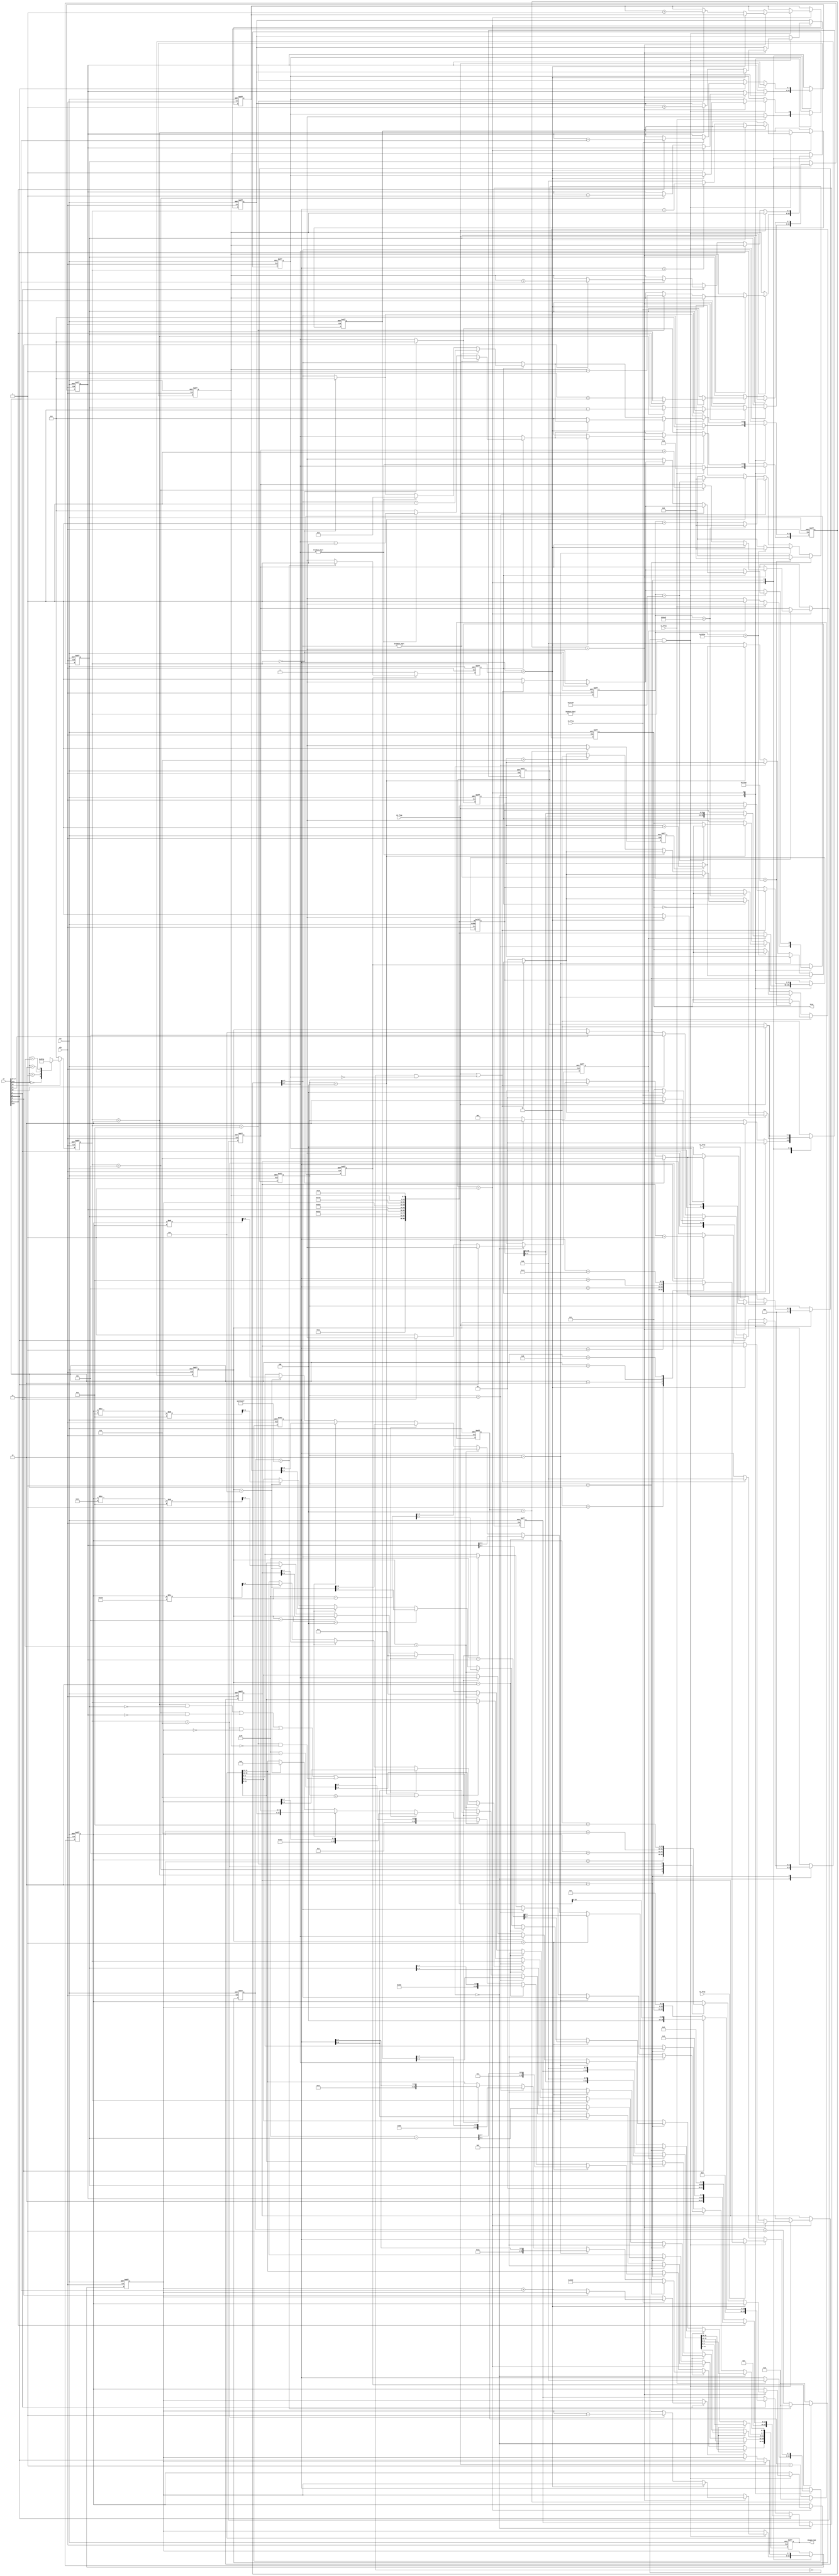
module control_module
(
    input clk,    //100Mhz
    input rst,    //
    input s1_flag,//
    input s2_flag,//
    input s3_flag,//
    input s4_flag,//
    input s5_flag,//
    input[19:0] sw,//sw[0]1sw[1]:01;11
                   //sw[2]2sw[3]:02;12
                   //sw[4]sw[5],sw[6]~sw[9],
                   //sw[10]~sw[17],;sw[18];sw[19]
   output reg [31:0] dispay_num,
   output reg beep//
);

reg buy_judge;

parameter S2=2'b00,S5=2'b01,S7=2'b10,S10=2'b11;  
parameter M1=4'b0001,M5=4'b0010,M10=4'b0100,M20=4'b1000; 
parameter query=2'b00,payment=2'b01,replenish=2'b10;

reg [3:0] price; //
reg [7:0] price_all; //
reg [7:0] price_givechange; //
reg [7:0] S2_num,S5_num,S7_num,S10_num;//
reg [7:0] S2_sell,S5_sell,S7_sell,S10_sell;//
reg move_flag;//
wire [23:0] display_move;//
reg [23:0] display_huodao;//
reg [95:0] display_moveall;////
reg [29:0] Hz_cnt,Hz_cnt1; //1s
reg clk_1Hz,clk_2Hz,en_cnt;
reg [1:0] state;
reg [2:0] payment_flag,replenish_flag;
reg [7:0] time_payment,beep_cnt;
reg [15:0] price_sum;//
reg [16:0] time_cnt;

assign display_move = display_moveall[95:72];

//--
always@(posedge clk or negedge rst)
begin
    if(!rst)
    begin
        buy_judge <= 0;
        price_all <= 8'd0; 
        price_givechange <= 8'd0;
        move_flag <= 1;
        en_cnt <= 0;
        display_huodao <= 24'd0;
        //display_move <= {4'd1,4'd1,S2_num,8'd2};//
        display_moveall<={4'd1,4'd1,S2_num,8'h02,4'd1,4'd2,S5_num,8'h05,4'd2,4'd3,S7_num,8'h07,4'd2,4'd4,S10_num,8'h10};
        S2_num <= 8'd0;
        S5_num <= 8'd0;
        S7_num <= 8'd0;
        S10_num <= 8'd0;
        S2_sell <= 8'd0;
        S5_sell <= 8'd0;
        S7_sell <= 8'd0;
        S10_sell <= 8'd0;
        state <= query;
        payment_flag <= 3'b000;
        replenish_flag <= 3'b000;
        time_payment <= 8'h00;
        price_sum <= 16'h0000;
    end
    else begin
        case(state) 
             query:
             begin 
                display_moveall<={4'd1,4'd1,S2_num,8'h02,4'd1,4'd2,S5_num,8'h05,4'd2,4'd3,S7_num,8'h07,4'd2,4'd4,S10_num,8'h10};
                if(move_flag)//
                begin
                    en_cnt <= 1;
                    if(clk_1Hz)
                        display_moveall <= {display_moveall[72:0],display_moveall[95:72]};//
                    else display_moveall <= display_moveall;  
                end
                else en_cnt <= 0;
                //
                if(sw[0])
                begin
                    move_flag <= 0;
                    display_huodao <= (!sw[1])?{4'd1,4'd1,S2_num,8'h02}:{4'd1,4'd2,S5_num,8'h05};
                end
                else if(sw[2])
                begin
                    move_flag <= 0;
                    display_huodao <= (!sw[3])?{4'd2,4'd3,S7_num,8'h07}:{4'd2,4'd4,S10_num,8'h10};
                end
                else move_flag <= 1;
                
                if(s1_flag)//
                begin
                    state <= payment;
                    en_cnt <= 0;
                    price_all <= 8'd0;
                    buy_judge <= 1'b0;
                    time_payment <= 8'h60;//60s
                end
                else if(s3_flag)//
                    state <= replenish;
                else state <= query;
                payment_flag <= 3'b000;
                replenish_flag <= 3'b000;
             end 
             payment:
             begin 
                en_cnt <= 1;
                //
                if(s2_flag||(((price==8'd2&&S2_num==8'd0)||(price==8'd5&&S5_num==8'd0)||
                  (price==8'd7&&S7_num==8'd0)||(price==8'd10&&S10_num==8'd0))&&!buy_judge))//
                begin
                    en_cnt <= 0;
                    price_all <= 8'd0;
                    if(s2_flag)
                    begin
                        display_moveall<={4'd1,4'd1,S2_num,8'h02,4'd1,4'd2,S5_num,8'h05,4'd2,4'd3,S7_num,8'h07,4'd2,4'd4,S10_num,8'h10};
                        state <= query;
                    end
                    else begin
                        payment_flag <= 3'b001; //22222222
                        //if(beep_cnt>7)
                          //  state <= query;
                    end
                end
                else state <= payment;
                
                if(price == 8'd0) 
                begin en_cnt <=1;
                payment_flag <= 3'b111;
                time_payment <= 8'h00;
                end
                
                
                if(!((price==8'd2&&S2_num==8'd0)||(price==8'd5&&S5_num==8'd0)||
                                  (price==8'd7&&S7_num==8'd0)||(price==8'd10&&S10_num==8'd0))&&price!=8'd0)begin
                //
                if(clk_1Hz)
                    if(time_payment[3:0] != 0)
                        time_payment[3:0] <= time_payment[3:0]-4'd1;
                    else begin
                        if(time_payment[7:4] != 0)
                        begin
                            time_payment[3:0] <= 4'h9;
                            time_payment[7:4] <= time_payment[7:4]-4'd1;
                        end
                        else begin
                            time_payment[7:4] <= 4'h0;
                            if(beep_cnt>7)
                               state <= query;
                            en_cnt <= 0;
                        end
                    end
                else time_payment <= time_payment;
                //
                if(s4_flag)
                    case({sw[9:6]}) 
                       M1:  //+1 
                         price_all <= price_all + 7'd1;  
                       M5: //+5 
                         price_all <= price_all + 7'd5;  
                       M10://+10 
                         price_all <= price_all+ 7'd10;  
                       M20://+20 
                         price_all <= price_all + 7'd20;  
                      default:  price_all <= price_all; 
                   endcase 
                else price_all <= price_all; 
               //
               if(time_payment > 0) 
               begin
                    if(price_all < price)
                       payment_flag <= 3'b010; //AA
                    else begin
                        buy_judge = 1;
                        time_payment <= 8'h00;
                        payment_flag <= 3'b011; //66
                        price_givechange <= (price_all>price)?price_all-price:8'h00;
                        case(price) 
                            8'd2:begin S2_num <= S2_num-8'd1;price_sum <= price_sum+16'd2;S2_sell<=S2_sell+8'd1;end 
                            8'd5:begin S5_num <= S5_num-8'd1;price_sum <= price_sum+16'd5;S5_sell<=S5_sell+8'd1;end 
                            8'd7:begin S7_num <= S7_num-8'd1;price_sum <= price_sum+16'd7;S7_sell<=S7_sell+8'd1;end 
                            8'd10:begin S10_num <= S10_num-8'd1;price_sum <= price_sum+16'd10;S10_sell<=S10_sell+8'd1;end 
                            default:price_sum <= price_sum;
                        endcase
                    end
               end
               else begin
                    if(!buy_judge) begin
                    payment_flag <= 3'b100;//FF
                    end
               end
             end 
             end
             replenish:
             begin 
                if(s2_flag)
                    state <= query;
                //
                 else if(sw[0])//1
                 begin
                     replenish_flag <= 3'b001;
                     if(s5_flag)
                     begin
                        replenish_flag <= 3'b010;
                        if(!sw[1])
                            S2_num <= S2_num+sw[17:10];
                        else S5_num <= S5_num+sw[17:10];
                     end
                 end
                 else if(sw[2])//2
                 begin
                    replenish_flag <= 3'b011;
                     if(s5_flag)
                     begin
                         replenish_flag <= 3'b100;
                         if(!sw[3])
                             S7_num <= S7_num+sw[17:10];
                         else S10_num <= S10_num+sw[17:10];
                     end
                 end
                 else if(sw[18])//
                    replenish_flag <= 3'b101;   
                 else if(sw[19])//
                    replenish_flag <= 3'b110; 
                 else replenish_flag <= replenish_flag; 
             end 
             default:begin state <= query;end 
        endcase    
    end
end
//
always@(posedge clk or negedge rst)
begin
    if(!rst)
        price <= 4'd0;
    else begin
        if(sw[14])//
            case({sw[5],sw[4]}) 
                 S2:begin price <= 8'd2;end 
                 S5:begin price <= 8'd5;end 
                 S7:begin price <= 8'd7;end 
                 S10:begin price <= 8'd10;end 
                 default:begin price <= 8'd0;end 
            endcase    
        else price <= 8'd0;//--price <= 8'd0
    end
end

//time_cnt
always@(posedge clk or negedge rst)
begin
	if(!rst)
	begin
		time_cnt <= 17'd0;
		beep <= 0;
		beep_cnt <= 8'd0;
	end
	else begin
	    if(payment_flag == 3'd1)// 0
	    begin
           if(clk_2Hz)
              beep_cnt <= beep_cnt+8'd1;
           if(time_cnt == 17'd95548)
           begin
              beep <= ~beep;
              time_cnt <= 17'd0;
           end  
           else time_cnt <= time_cnt+17'd1; 
        end  
        else if(payment_flag == 3'd2)//
           if(time_cnt == 17'd75838)
           begin
              beep <= ~beep;
              time_cnt <= 17'd0;
           end  
           else time_cnt <= time_cnt+17'd1;
        else if(payment_flag == 3'd3)//
           if(time_cnt == 17'd47778)
           begin
              beep <= ~beep;
              time_cnt <= 17'd0;
           end  
           else time_cnt <= time_cnt+17'd1;
        else if(payment_flag == 3'd4)//
        begin
           if(clk_2Hz)
              beep_cnt <= beep_cnt+8'd1;
           if(time_cnt == 17'd85136)
           begin
              beep <= ~beep;
              time_cnt <= 17'd0;
           end  
           else time_cnt <= time_cnt+17'd1; 
        end
        else  begin
            beep_cnt <= 8'd0;
            beep <= 0;
            time_cnt <= 17'd0;
        end
	end
end

//
always@(posedge clk or negedge rst)
begin
    if(!rst)
        dispay_num <= 32'd0;
    else begin
        if(state == query)//
            dispay_num <= (move_flag)?{display_move,8'h00}:{display_huodao,8'h00};
        else if(state == payment)
            if(payment_flag == 3'd1)// 0
               dispay_num <= 32'h22222222;
            else if(payment_flag == 3'd2)//
               dispay_num <= {8'hAA,price_all,price,time_payment};
            else if(payment_flag == 3'd3)//
               dispay_num <= {8'h66,price_givechange,price,time_payment};
            else if(payment_flag == 3'd4||payment_flag == 3'd7)//
               dispay_num <= {8'hFF,price_all,price,time_payment};
            else  dispay_num <= dispay_num;
        else if(state == replenish)
            if(replenish_flag == 3'd1)//1
               dispay_num <= {8'h00,4'h1,8'hff-S2_num,4'h2,8'hff-S5_num};
            else if(replenish_flag == 3'd2)//1
               dispay_num <= {8'h33,4'h1,S2_num,4'h2,S5_num};
            else if(replenish_flag == 3'd3)//1
               dispay_num <= {8'h00,4'h3,8'hff-S7_num,4'h4,8'hff-S10_num};
            else if(replenish_flag == 3'd4)//2
               dispay_num <= {8'h55,4'h3,S7_num,4'h4,S10_num};
            else if(replenish_flag == 3'd5)// 
               dispay_num <= {S2_sell,S5_sell,S7_sell,S10_sell};
            else if(replenish_flag == 3'd6)// 
            begin
               dispay_num[31:16] <= 16'h0000;
               dispay_num[15:12] <= price_sum/1000;
               dispay_num[11:8] <= price_sum/100%10;
               dispay_num[7:4] <= price_sum/10%10;
               dispay_num[3:0] <= price_sum%10;
            end
            else  dispay_num <= dispay_num;
        else dispay_num <= dispay_num;
    end
end
//1s
always@(posedge clk or negedge rst)
begin
	if(!rst)
	begin
		clk_1Hz <= 0;
		Hz_cnt <= 0;
	end
	else begin
	    if(en_cnt)
           if(Hz_cnt == 30'd99_999_999)
          // if(Hz_cnt == 30'd9)//
            begin
                 clk_1Hz <= 1;
                 Hz_cnt <= 0;
            end
            else begin
                 clk_1Hz <= 0;
                 Hz_cnt <= Hz_cnt+20'd1;
            end
		else begin
		  Hz_cnt <= 0;
		  clk_1Hz <= 0;
       end
	end
end

//0.5s
always@(posedge clk or negedge rst)
begin
	if(!rst)
	begin
		clk_2Hz <= 0;
		Hz_cnt1 <= 0;
	end
	else begin
        //if(Hz_cnt1 == 30'd49_999_999)
        if(Hz_cnt1 == 30'd4)//
        begin
             clk_2Hz <= 1;
             Hz_cnt1 <= 0;
        end
        else begin
             clk_2Hz <= 0;
             Hz_cnt1 <= Hz_cnt1+20'd1;
        end
	end
end
endmodule